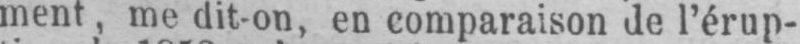
ment, me dit-on, en comparaison de l’érup-